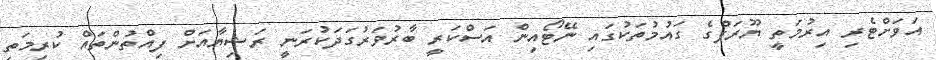
އަވަށްޓެރި އިރުމަތީ ޔޫރަޕްގެ ގައުމުތަކުގައި ނޭޓޯއިން އަސްކަރީ ބާރުވަރުގަދަކުރަނީ ރަޝިޔާއަށް ފިއްތުންތައް ކުރިމަތި